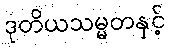
ဒုတိယသမ္မတနှင့်